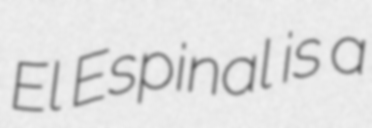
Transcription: El Espinal is a